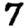
Digit: 7